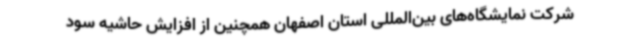
شرکت نمایشگاه‌های بین‌المللی استان اصفهان همچنین از افزایش حاشیه سود